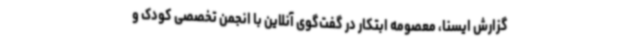
گزارش ایسنا، معصومه ابتکار در گفت‌گوی آنلاین با انجمن تخصصی کودک و